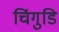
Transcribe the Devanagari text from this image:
चिंगुडि